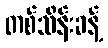
တစ်သိန်းခန့်